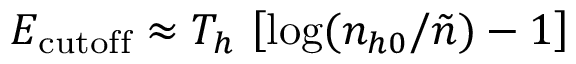
E _ { \mathrm { c u t o f f } } \approx T _ { h } \, \left[ \log ( n _ { h 0 } / \tilde { n } ) - 1 \right]